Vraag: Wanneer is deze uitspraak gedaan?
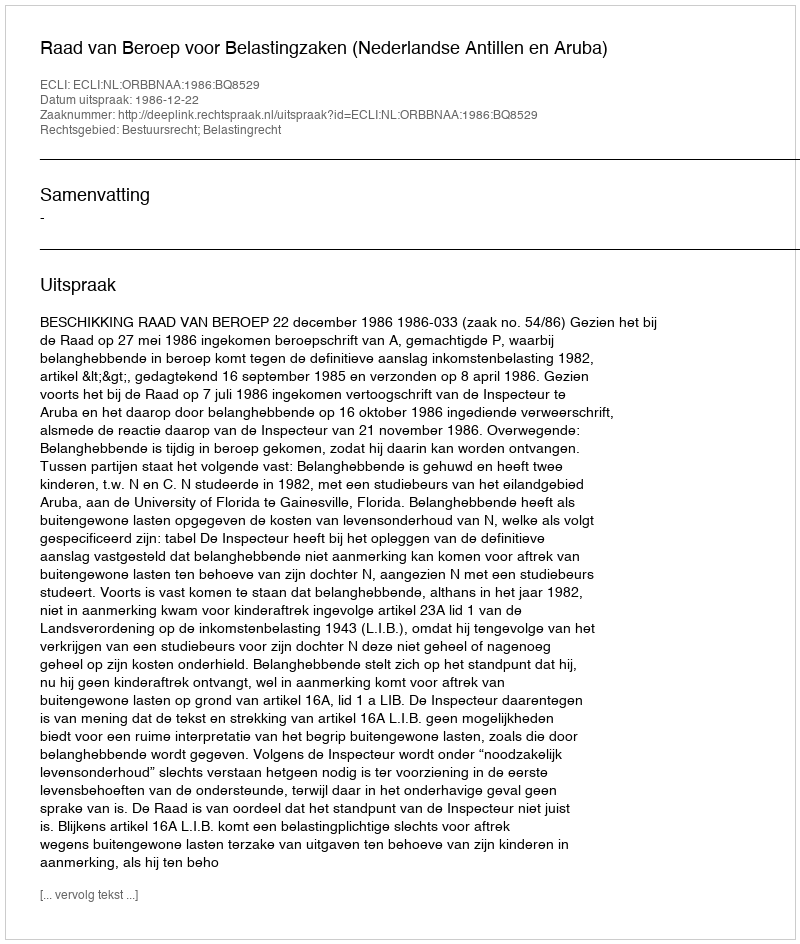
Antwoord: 1986-12-22